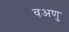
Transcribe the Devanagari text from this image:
वअणु